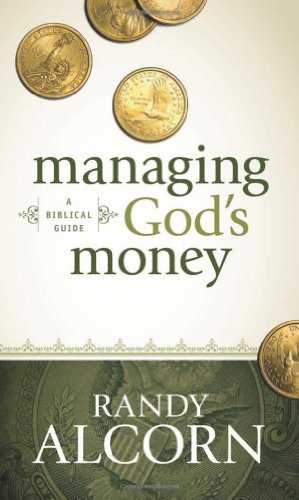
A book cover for Managing God's Money: A Biblical Guide; Randy Alcorn; Christian Books & Bibles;